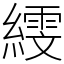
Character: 𦅙